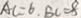
A C = 6 , B C = 8